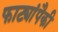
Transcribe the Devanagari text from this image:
फाट्यांपैकी